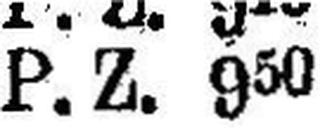
P.Z. 950